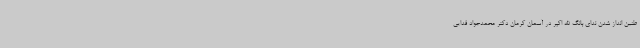
طنین انداز شدن ندای بانگ الله اکبر در آسمان کرمان دکتر محمدجواد فدایی